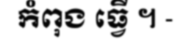
កំពុង ធ្វើ ។ -